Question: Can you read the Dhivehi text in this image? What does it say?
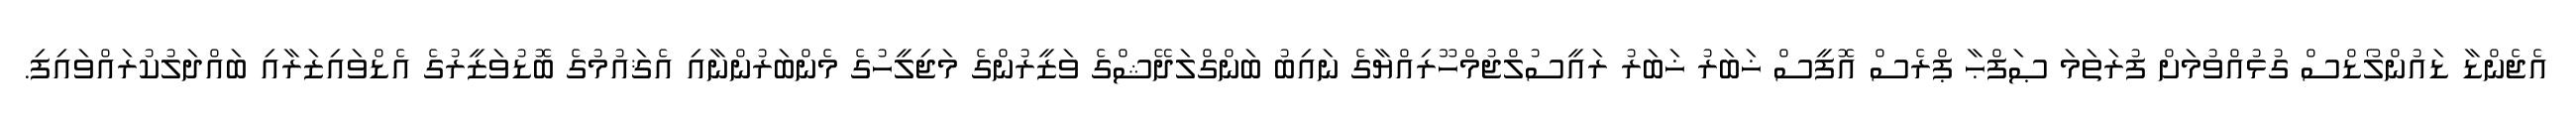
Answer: އެޖެންޑާ ޑައުންލޯޑްސް ގުޅުއްވުމަށް ފުރަތަމަ ޞަފްޙާ ޕްރެސް އޮފީސް ޚަބަރު ޚަބަރު ރައީސުލްޖުމްހޫރިއްޔާގެ ނައިބު ބަންގްލަދޭޝްގެ ވަޒީރުންގެ މަޖިލީހުގެ މެންބަރުންނާއި އެޤައުމުގެ ބޮޑުވަޒީރުގެ އެޑްވައިޒަރާއި ބައްދަލުކުރައްވައިފި.